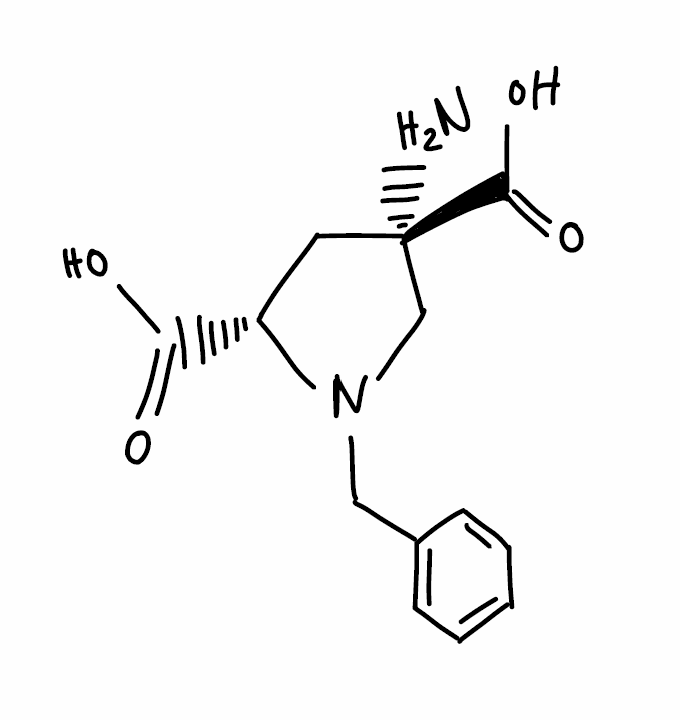
Simplified molecular-input line-entry system (SMILES) notation of the given molecule:
C1[C@H](N(C[C@@]1(C(=O)O)N)CC2=CC=CC=C2)C(=O)O